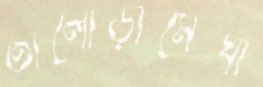
তালোড়ামেঘা